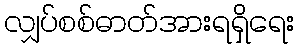
လျှပ်စစ်ဓာတ်အားရရှိရေး